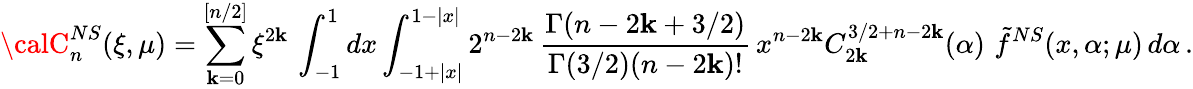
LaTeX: {\calC}_{n}^{NS}(\xi,\mu)=\sum_{\mathbf{k}=0}^{[n/2]}\xi^{2\mathbf{k}}\, \int_{-1}^{1}dx\int_{-1+|x|}^{1-|x|}2^{n-2\mathbf{k}}\, \frac{{\Gamma(n-2\mathbf{k}+3/2)}}{{\Gamma(3/2)(n-2\mathbf{k})!}}\, x^{n-2\mathbf{k}}C_{2\mathbf{k}}^{3/2+n-2\mathbf{k}}(\alpha)\, \, \tilde{{f}}^{NS}(x,\alpha;\mu)\, d\alpha\, .